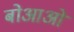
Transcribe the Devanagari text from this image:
बोआओ